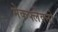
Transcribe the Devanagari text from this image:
मेकफ्लेक्नो